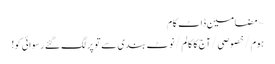
~ مضامین ڈاٹ کام
ہوم/خصوصی/آج کا کالم/نوٹ بندی سے تو پر لگ گئے رسوائی کو!